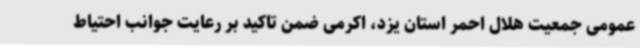
عمومی جمعیت هلال احمر استان یزد، اکرمی ضمن تاکید بر رعایت جوانب احتیاط